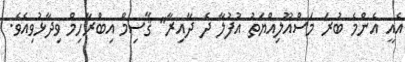
އެއީ އެންމެ ބުރަ މަސްއޫލިއްޔަތު އުފުލާ ދެ ދާއިރާ" ޤާސިމް އިބްރާހިމް ވިދާޅުވިއެވެ.